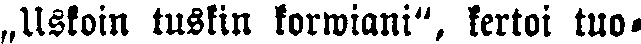
„Uskoin tuskin korwiani", kertoi tuo-